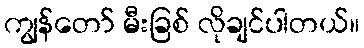
ကျွန်တော် မီးခြစ် လိုချင်ပါတယ်။